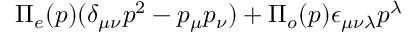
\Pi _ { e } ( p ) ( \delta _ { \mu \nu } p ^ { 2 } - p _ { \mu } p _ { \nu } ) + \Pi _ { o } ( p ) \epsilon _ { \mu \nu \lambda } p ^ { \lambda }